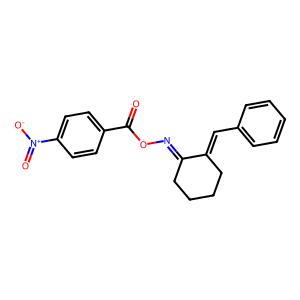
SMILES: O=C(ON=C1CCCCC1=Cc1ccccc1)c1ccc([N+](=O)[O-])cc1
Inhibits HIV replication: No